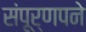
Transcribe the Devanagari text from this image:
संपूर्णपने